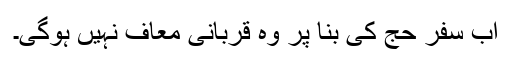
اب سفر حج کی بنا پر وہ قربانی معاف نہیں ہوگی۔